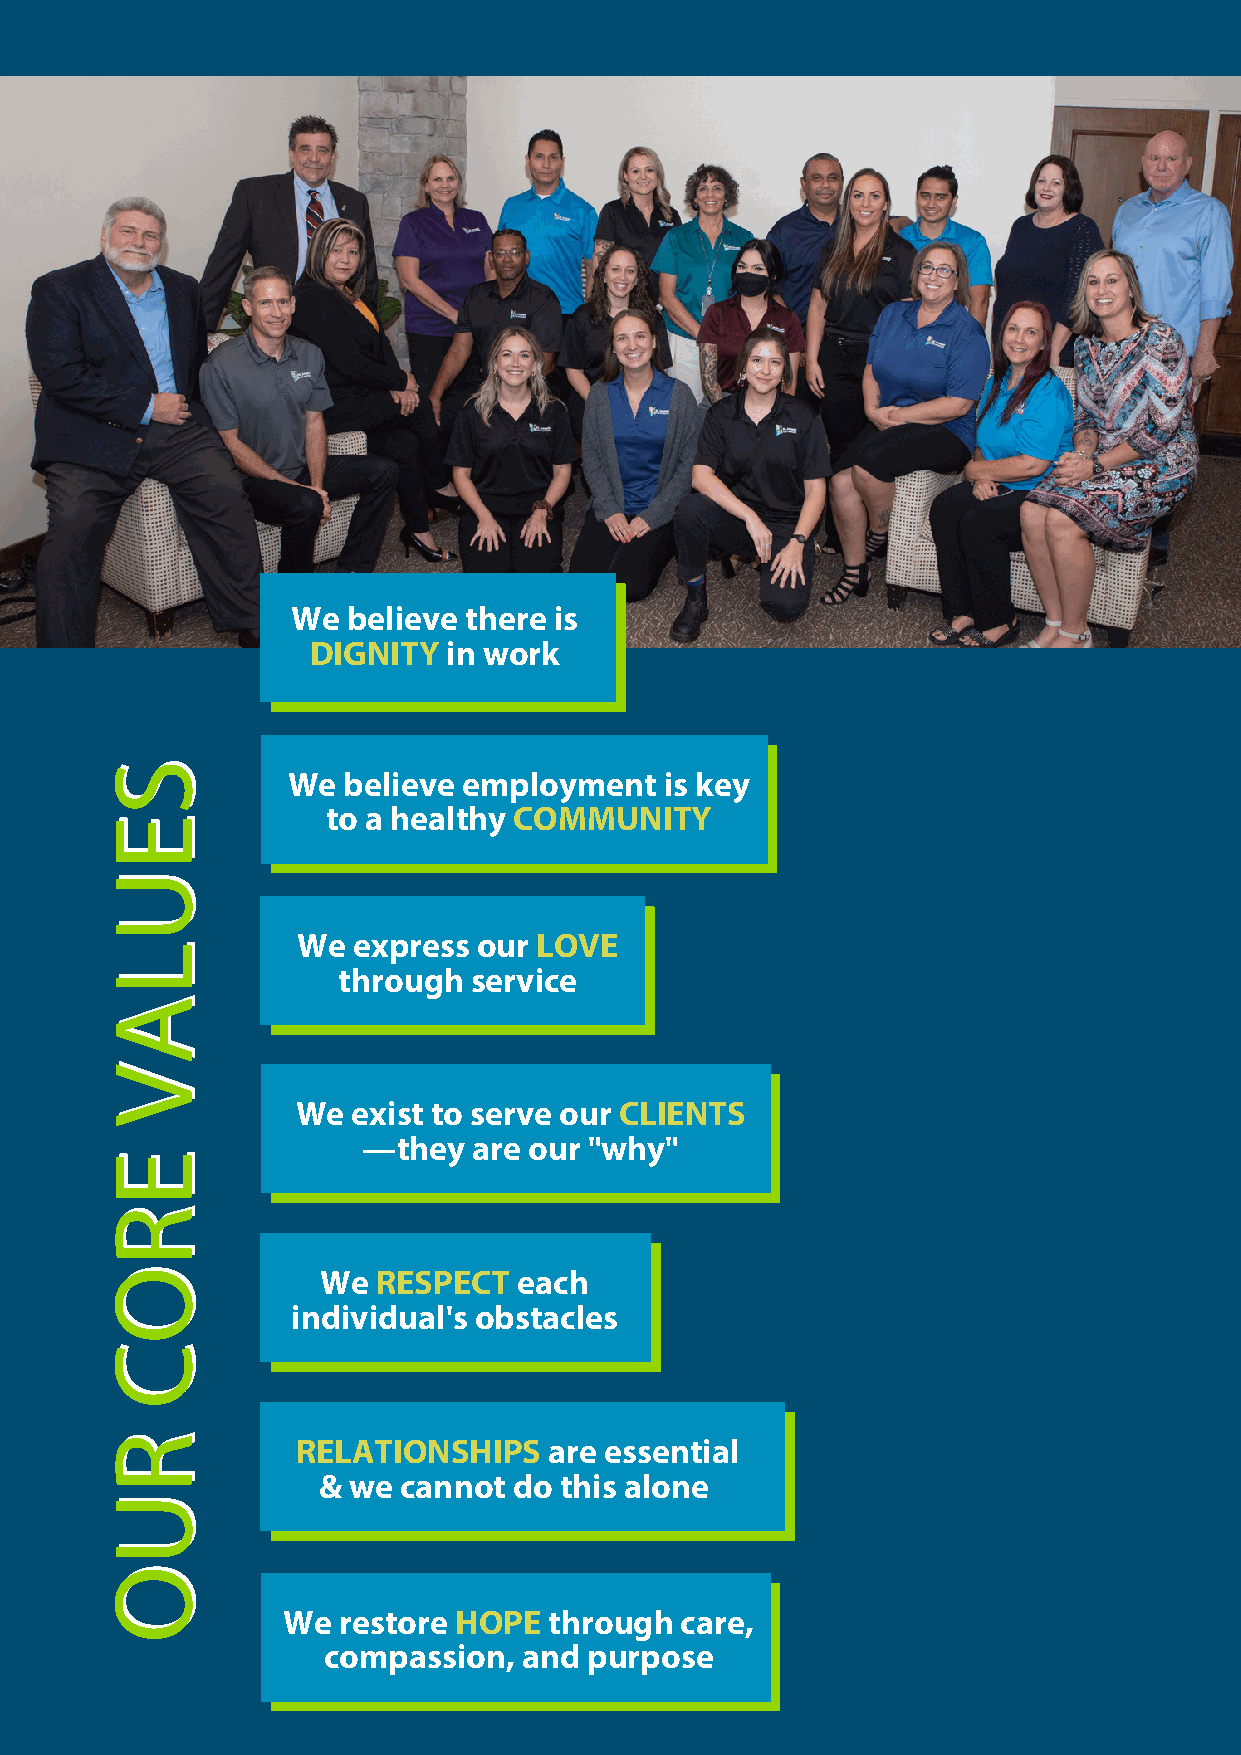
We  believe there is
 DIGNITY   in work
 SS
 We  believe employment   is key
 to a healthy COMMUNITY
 EE
 UU
 We express  our LOVE
 LL
 through  service
 AA
 VV
 We exist to serve our CLIENTS
 —they  are our "why"
 EE
 RR
 OO            We  RESPECT  each
 individual's obstacles
 CC
 RR
 RELATIONSHIPS   are essential
 & we cannot  do this alone
 UU
 OO
 We restore HOPE  through  care,
 compassion,   and purpose